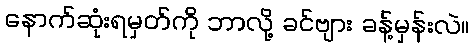
နောက်ဆုံးရမှတ်ကို ဘာလို့ ခင်ဗျား ခန့်မှန်းလဲ။